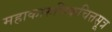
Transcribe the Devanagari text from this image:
महाकारुणिकचित्तसूत्र